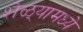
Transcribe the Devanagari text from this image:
शेळ्यामध्ये